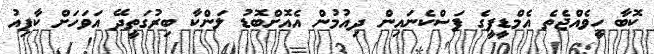
ކޮބާ ހީވެއްޖެތެ އެމްޑީޕީގެ ފަސްކެނައިން ދިއުމުން އެއޮށްބޮޑު ލަންކާ ބިރުގަތީދޭ އަވަހަށް ކާފިއު